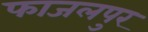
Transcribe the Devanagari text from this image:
फाजलपुर